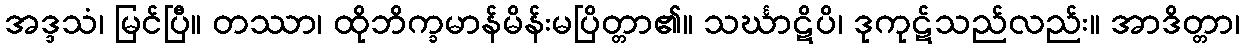
အဒ္ဒသံ၊ မြင်ပြီ။ တဿာ၊ ထိုဘိက္ခမာန်မိန်းမပြိတ္တာ၏။ သင်္ဃာဋိပိ၊ ဒုကုဋ်သည်လည်း။ အာဒိတ္တာ၊